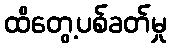
ထိတွေ့ပစ်ခတ်မှု